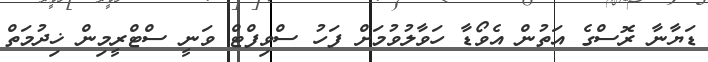
ޑަޔާނާ ރޮސްގެ އަތުން އެވޯޑާ ހަވާލުވުމަށް ފަހު ސްވިފްޓް ވަނީ ސްޓްރީމިން ޚިދުމަތް